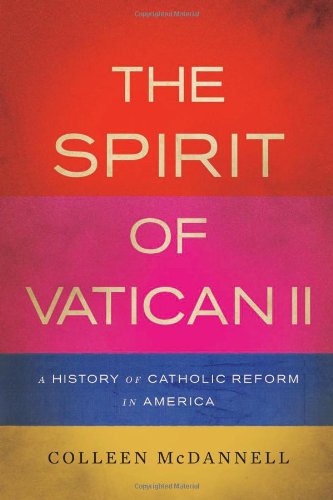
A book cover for The Spirit of Vatican II: A History of Catholic Reform in America; Colleen McDannell; Christian Books & Bibles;